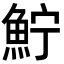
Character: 𩶂